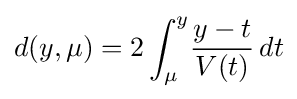
d(y,\mu )=2\int _{\mu }^{y}\!{\frac {y-t}{V(t)}}\,dt